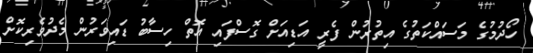
ހޯދުމުގެ މަސައްކަތުގެ އިތުރުން ފެރީ އަޑިއަށް ގޮސްފައި އޮތް ހިސާބު ޑައިވަރުން މެދުވެރިކޮށް